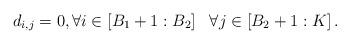
LaTeX: \begin{align*}d_{i,j}=0, \forall i\in\left[B_{1}+1:B_{2}\right]~ ~ \forall j\in\left[B_{2}+1:K\right].\end{align*}